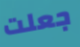
جعلت